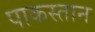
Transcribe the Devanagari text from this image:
पाकस्तान